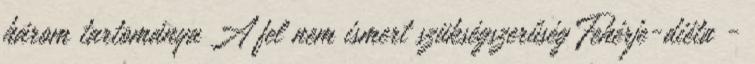
három tartománya A fel nem ismert szükségszerűség Fehérje-diéta -